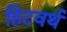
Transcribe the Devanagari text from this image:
हिटवर्थ